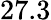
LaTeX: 27.3